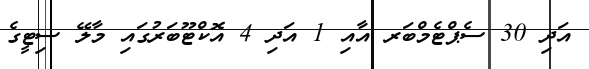
އަދި 30 ސެޕްޓެމްބަރ އާއި 1 އަދި 4 އޮކްޓޫބަރުގައި މާލޭ ސިޓީގެ